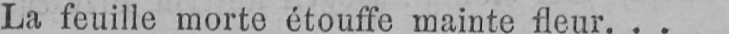
La feuille morte étouffe mainte fleur...